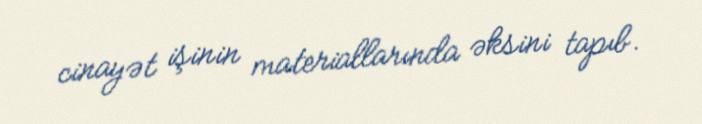
cinayət işinin materiallarında əksini tapıb.